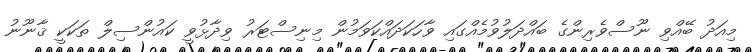
މިއަދު ބޭއްވި ނޫސްވެރިންގެ ބައްދަލުވުމެއްގައި ވާހަކަދައްކަވަމުން މިނިސްޓަރު ވިދާޅުވީ ކައުންސިލް ތަކަކީ ޤާނޫނު